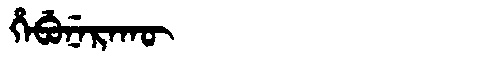
Manchu: ᡥᡝᠪᡠᠨᡝᡵᠠᡴᡡ
Romanization: HEBUNERAKŪ